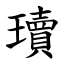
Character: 瓄